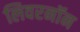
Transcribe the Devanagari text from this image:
लिवरनॉन